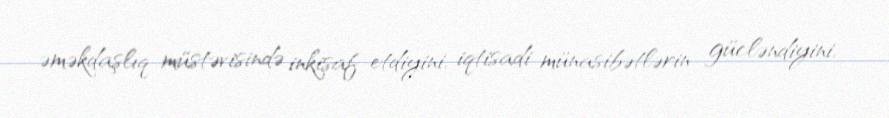
əməkdaşlıq müstəvisində inkişaf etdiyini, iqtisadi münasibətlərin gücləndiyini,